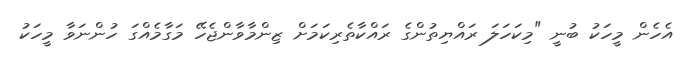
އެހެން މީހަކު ބުނީ "މިކަހަލަ ރައްޔިތުންގެ ރައްކާތެރިކަމަށް ޒިންމާވާންޖެހޭ މަގާމެއްގަ ހުންނަވާ މީހަކު